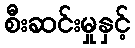
စီးဆင်းမှုနှင့်